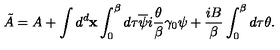
\tilde { A } = A + \int d ^ { d } { \bf x } \int _ { 0 } ^ { \beta } d \tau { } \overline { { \psi } } i \frac { \theta } { \beta } \gamma _ { 0 } \psi + \frac { i B } { \beta } \int _ { 0 } ^ { \beta } d \tau { } \theta .